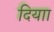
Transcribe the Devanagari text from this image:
दियाा